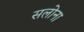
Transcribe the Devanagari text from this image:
सलोना